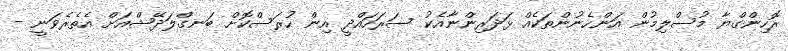
ރޮހިންގްޔާ މުސްލިމުން އަންހެނުންތަކެއް ޅަދަރިންނާއެކު ސަރަހައްދީ އިން ހުރަސްކޮށް ބަނގްލަދޭޝްއަށް އެތެރެވަނީ -